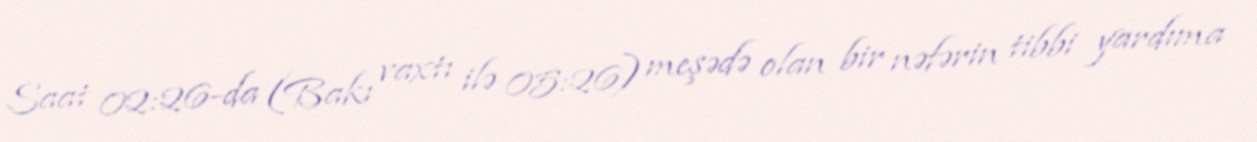
Saat 02:26-da (Bakı vaxtı ilə 05:26) meşədə olan bir nəfərin tibbi yardıma